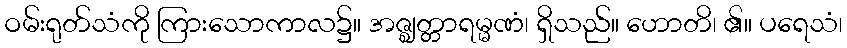
ဝမ်းရုတ်သံကို ကြားသောကာလ၌။ အဇ္ဈတ္တာရမ္မဏံ၊ ရှိသည်။ ဟောတိ၊ ၏။ ပရေသံ၊